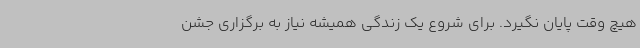
هیچ وقت پایان نگیرد. برای شروع یک زندگی همیشه نیاز به برگزاری جشن